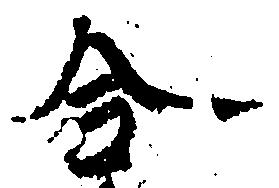
合